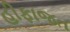
હીફાજત